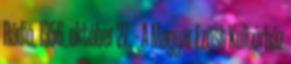
Rádió. 1956. október 27. – A Magyar Ezüst Kultúrház